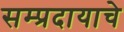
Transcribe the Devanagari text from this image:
सम्प्रदायाचे